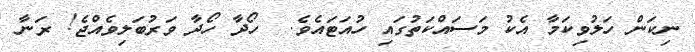
ނިކަން ހަލުވިކަމާ އެކު މަސައްކަތުގައި ހުއަޓައެވެ.  ހޯދާ ހޯދާ ވަރުބަލިވެއްޖެ! ރަނާ